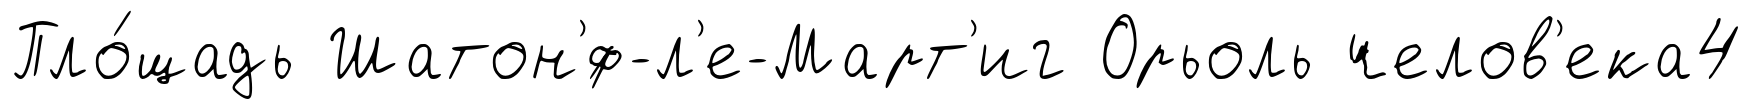
Пло́щадь Шатон'́ф-л'е-Март'иг Орьоль челов'ека4